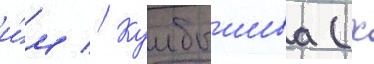
и́м // Куибышева (х